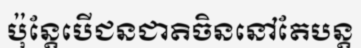
ប៉ុន្តែបើជនជាតិចិននៅតែបន្ត